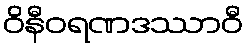
ဝိနီဝရဏဒဿာဝီ